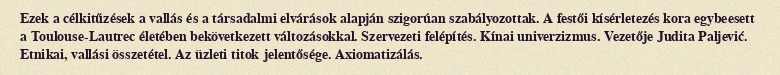
Ezek a célkitűzések a vallás és a társadalmi elvárások alapján szigorúan szabályozottak. A festői kísérletezés kora egybeesett a Toulouse-Lautrec életében bekövetkezett változásokkal. Szervezeti felépítés. Kínai univerzizmus. Vezetője Judita Paljević. Etnikai, vallási összetétel. Az üzleti titok jelentősége. Axiomatizálás.